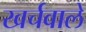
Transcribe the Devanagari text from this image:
खर्चवाले